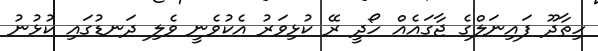
ހިތާދޫ ފައިނަލްގެ ޖާގައެއް ހޯދީ ރޭ ކުޅިވަރު އެކުވެނީ ވެލި ދަނޑުގައި ކުޅުނު